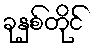
ခုနှစ်တိုင်